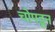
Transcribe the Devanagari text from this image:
चोपडून